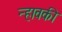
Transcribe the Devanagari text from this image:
न्हावकी